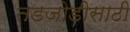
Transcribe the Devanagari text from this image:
तडजोडीसाठी